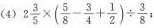
(4)$$2 \frac{3}{5}\times (\frac{5}{8}- \frac{3}{4}+ \frac{1}{2})\div \frac{3}{8}$$;